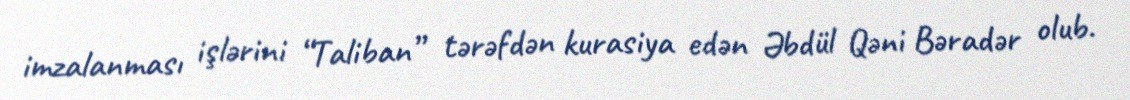
imzalanması işlərini “Taliban” tərəfdən kurasiya edən Əbdül Qəni Bəradər olub.